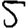
Digit: 5